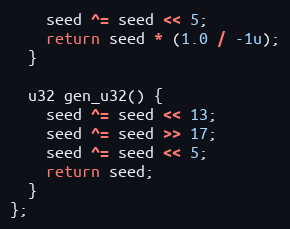
Language: C++
    seed ^= seed << 5;
    return seed * (1.0 / -1u);
  }

  u32 gen_u32() {
    seed ^= seed << 13;
    seed ^= seed >> 17;
    seed ^= seed << 5;
    return seed;
  }
};